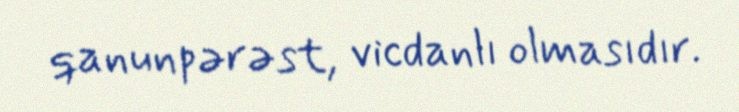
qanunpərəst, vicdanlı olmasıdır.